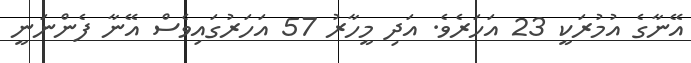
އޭނާގެ އުމުރަކީ 23 އަހަރެވެ. އަދި މީހާރު 57 އަހަރުގައިވެސް އޭނާ ފެންނަނީ